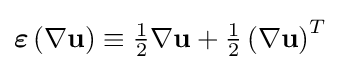
{\textstyle {\boldsymbol {\varepsilon }}\left(\nabla \mathbf {u} \right)\equiv {\frac {1}{2}}\nabla \mathbf {u} +{\frac {1}{2}}\left(\nabla \mathbf {u} \right)^{T}}